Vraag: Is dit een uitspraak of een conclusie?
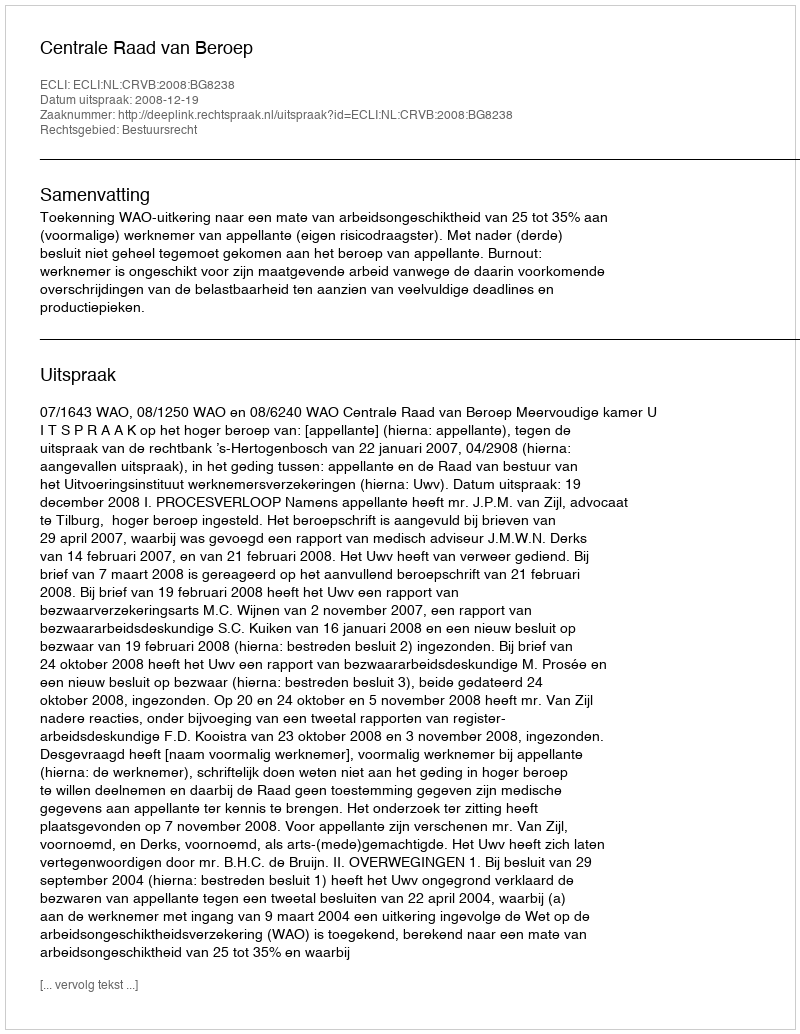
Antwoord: Uitspraak